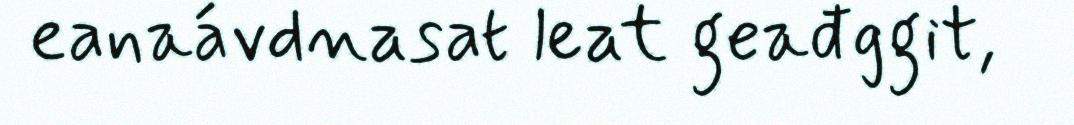
eanaávdnasat leat geađggit,